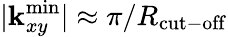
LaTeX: |{\mathbf k}_{xy}^{\mathrm{min}}|\approx\pi/R_{\mathrm{cut-off}}